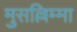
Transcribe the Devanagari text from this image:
मुसल्लिम्मा